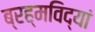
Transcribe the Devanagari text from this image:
ब्रह्मविद्यां